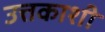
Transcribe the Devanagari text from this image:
उत्तकाशी